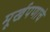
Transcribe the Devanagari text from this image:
मूर्खपणाचे